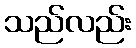
သည်လည်း